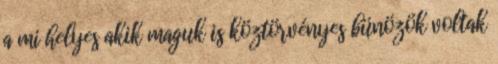
a mi helyes akik maguk is köztörvényes bünözök voltak